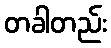
တခါတည်း